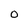
Character: 0